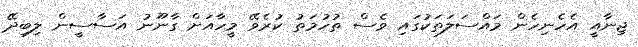
ޖިނާއީ އެހެނިހެން މައްސަލަތަކުގައި ވެސް ތުހުމަތު ކުރެވޭ މީހާއަށް ގާނޫނު އަސާސީން ލިބިދޭ